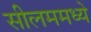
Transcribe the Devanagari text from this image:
सीलममध्ये